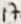
Text: 17